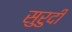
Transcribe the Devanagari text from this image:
सुरुदी